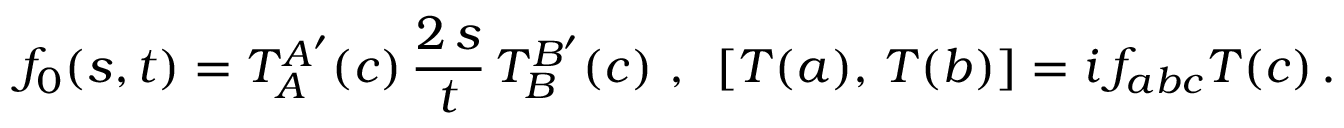
f _ { 0 } ( s , t ) = T _ { A } ^ { A ^ { \prime } } ( c ) \, \frac { 2 \, s } { t } \, T _ { B } ^ { B ^ { \prime } } ( c ) \, \, , \, \, \, [ T ( a ) , \, T ( b ) ] = i \, f _ { a b c } T ( c ) \, .